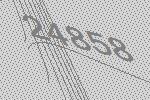
24858